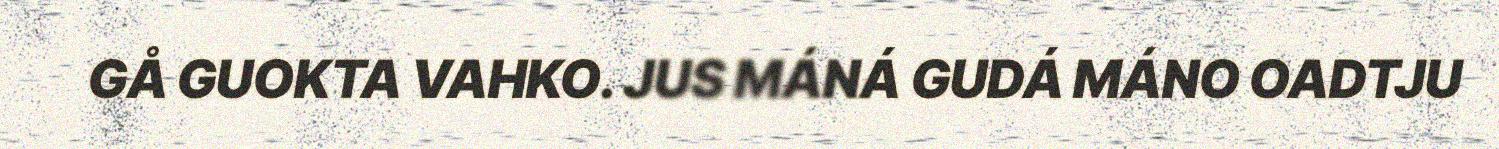
GÅ GUOKTA VAHKO. JUS MÁNÁ GUDÁ MÁNO OADTJU